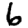
Digit: 6